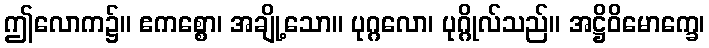
ဤလောက၌။ ဧကစ္စော၊ အချို့သော။ ပုဂ္ဂလော၊ ပုဂ္ဂိုလ်သည်။ အဋ္ဌိဝိမောက္ခေ၊